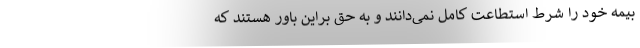
بیمه خود را شرط استطاعت کامل نمی‌دانند و به حق براین باور هستند که